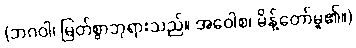
(ဘဂဝါ၊ မြတ်စွာဘုရားသည်။ အဝေါစ၊ မိန့်တော်မူ၏။)